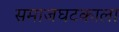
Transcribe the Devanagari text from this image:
समाजघटकाला